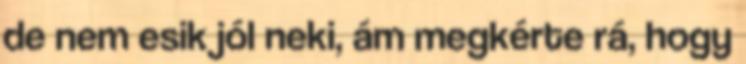
de nem esik jól neki, ám megkérte rá, hogy